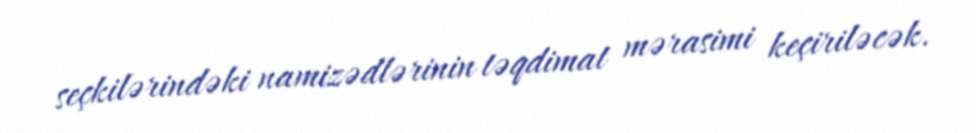
seçkilərindəki namizədlərinin təqdimat mərasimi keçiriləcək.